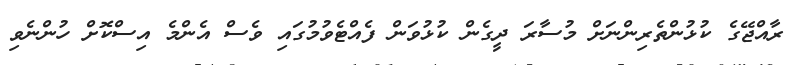
ރާއްޖޭގެ ކުޅުންތެރިންނަށް މުސާރަ ދީގެން ކުޅުވަން ފެއްޓެވުމުގައި ވެސް އެންމެ އިސްކޮށް ހުންނެވި